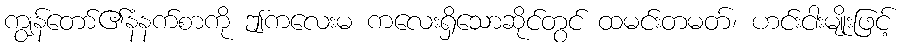
ကျွန်တော်၏နံနက်စာကို ဤကလေးမ ကလေးရှိသောဆိုင်တွင် ထမင်းတမတ်၊ ဟင်းငါးမျိုးဖြင့်